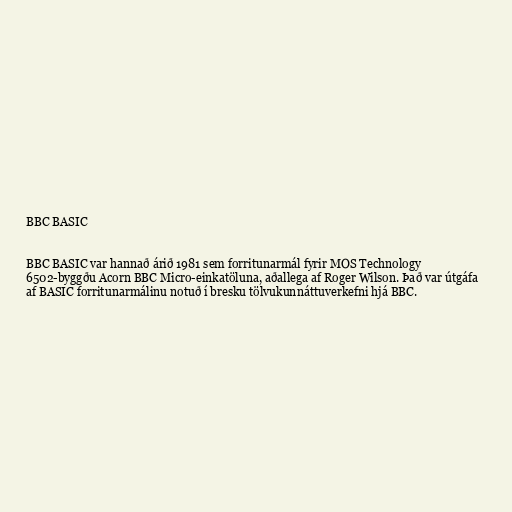
BBC BASIC

BBC BASIC var hannað árið 1981 sem forritunarmál fyrir MOS Technology
6502-byggðu Acorn BBC Micro-einkatöluna, aðallega af Roger Wilson. Það var útgáfa
af BASIC forritunarmálinu notuð í bresku tölvukunnáttuverkefni hjá BBC.